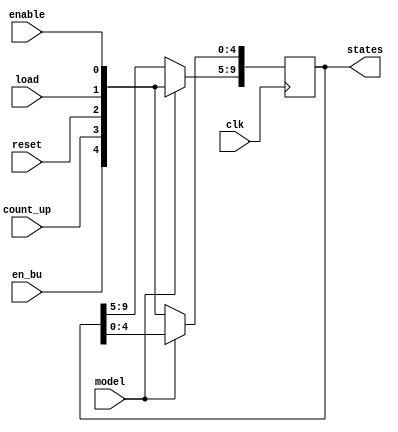
module controller
(
	input clk, model, enable, load, reset, count_up, en_bu,
	output reg[9:0] states // [4:0] is for 59:59 model(0) enable, load, reset, count_up, en_bu [9:5] for 999.9 model (1) enable, load, reset, count_up
);

	always@(posedge clk)
	begin
		if (!model) // model 0 is 59:59
			states[4:0] <= {en_bu,count_up,reset,load,enable}; // 4:en_bu, 3:count_up, 2:reset, 1:load, 0:enable; reg[9:5] just keep the original level
		else // model 1 is 999.9 
			states[9:5] <= {en_bu,count_up,reset,load,enable}; // 9:en_bu, 8:count_up, 7:reset, 6:load, 5:enable; reg[4:0] just keep the original level
	end

endmodule